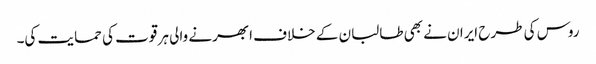
روس کی طرح ایران نے بھی طالبان کے خلاف ابھرنے والی ہر قوت کی حمایت کی۔